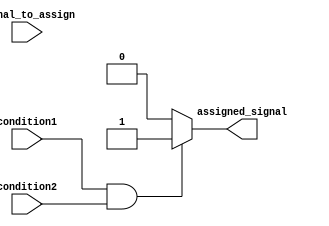
module conditional_assignment (
    input condition1,
    input condition2,
    input signal_to_assign,
    output reg assigned_signal
);

always @* begin
    if (condition1 && condition2) begin
        assigned_signal = 1'b1; // Assign value 1 to the signal if both conditions are true
    end else begin
        assigned_signal = 1'b0; // Assign value 0 to the signal if conditions are not met
    end
end

endmodule